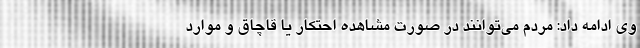
وی ادامه داد: مردم می‌توانند در صورت مشاهده احتکار یا قاچاق و موارد